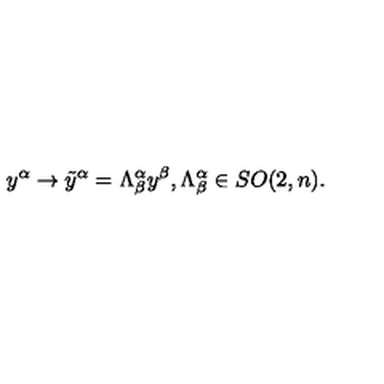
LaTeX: { y } ^ { \alpha } \rightarrow \tilde { y } ^ { \alpha } = \Lambda _ { \beta } ^ { \alpha } y ^ { \beta } , \Lambda _ { \beta } ^ { \alpha } \in S O ( 2 , n ) .